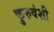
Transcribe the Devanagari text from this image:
कुरुवंशी